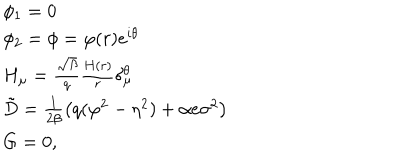
\begin{array} { l l } { { \phi _ { 1 } = 0 } } \\ { { \phi _ { 2 } = \phi = \varphi ( r ) e ^ { i \theta } } } \\ { { H _ { \mu } = \frac { \sqrt { \beta } } { q } \frac { H ( r ) } { r } \delta _ { \mu } ^ { \theta } } } \\ { { \tilde { D } = \frac { 1 } { 2 \beta } \left( q ( \varphi ^ { 2 } - \eta ^ { 2 } ) + \alpha e \sigma ^ { 2 } \right) } } \\ { { G = 0 , } } \\ \end{array}